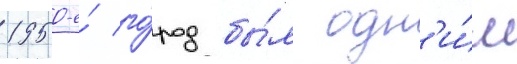
1950-е́ го́род бы́л одн'и́м